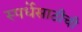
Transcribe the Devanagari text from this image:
स्पर्धेसाठीची